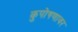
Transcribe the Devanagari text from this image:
कुपोषणावर